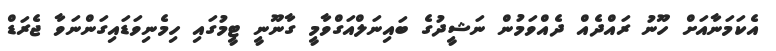
އެކަމަނާއަށް ހޫނު ރައްދެއް ދެެއްވަމުން ނަޝީދުގެ ބައިނަލްއަގްވާމީ ގާނޫނީ ޓީމުގައި ހިމެނިވަޑައިގަންނަވާ ޖެރަޑް